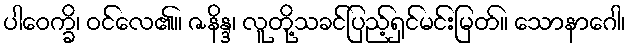
ပါဝေက္ခိ၊ ဝင်လေ၏။ ဇနိန္ဒ၊ လူတို့သခင်ပြည့်ရှင်မင်းမြတ်။ သောနာဂေါ၊